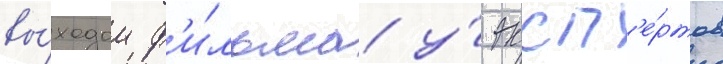
вы́ходом ф'и́льма у́ эксп'е́ртов